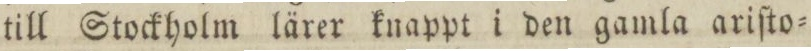
till Stockholm lärer knappt i den gamla ariſto=